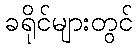
ခရိုင်များတွင်